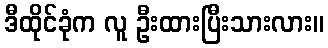
ဒီထိုင်ခုံက လူ ဦးထားပြီးသားလား။